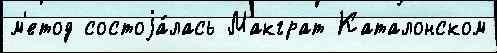
м'етод состоjа́лась Макграт Каталонском